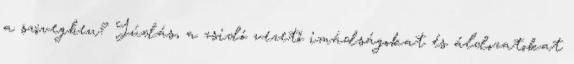
a szövegben? Júdás, a zsidó vezető imádságokat és áldozatokat